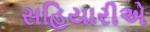
સહિયારીએ